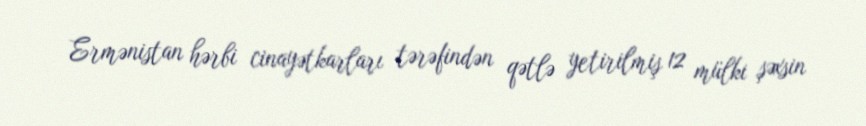
Ermənistan hərbi cinayətkarları tərəfindən qətlə yetirilmiş 12 mülki şəxsin